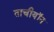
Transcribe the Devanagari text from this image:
ताचीयॉन